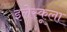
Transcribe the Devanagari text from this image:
इलेस्कूला